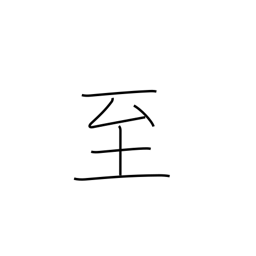
Meaning: climax